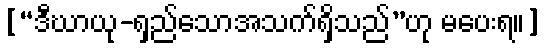
[“ဒီဃာယု-ရှည်သောအသက်ရှိသည်”ဟု မပေးရ။]